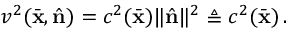
v ^ { 2 } ( \bar { \bf x } , \hat { \bf n } ) = c ^ { 2 } ( \bar { \bf x } ) \| \hat { \bf n } \| ^ { 2 } \triangleq c ^ { 2 } ( \bar { \bf x } ) \, .